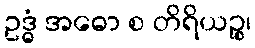
ဥဒ္ဓံ အဓော စ တိရိယဉ္စ၊